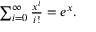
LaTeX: \textstyle \sum _ { i = 0 } ^ { \infty } { \frac { x ^ { i } } { i ! } } = e ^ { x } .